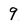
Character: 9